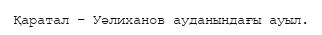
Қаратал – Уәлиханов ауданындағы ауыл.